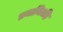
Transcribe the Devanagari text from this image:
प्रमानितहि